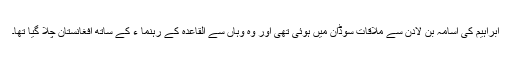
ابراہیم کی اُسامہ بن لادن سے ملاقات سوڈان میں ہوئی تھی اور وہ وہاں سے القاعدہ کے رہنما ء کے ساتھ افغانستان چلا گیا تھا۔